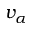
v _ { \alpha }